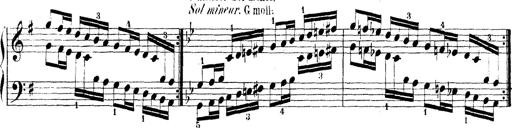
Title: Technische Studien
Composer: Franz Liszt